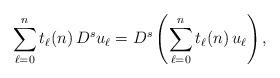
LaTeX: \begin{align*}\sum_{\ell=0}^n t_\ell(n)\,D^s u_\ell=D^s\left(\sum_{\ell=0}^n t_\ell(n)\,u_\ell\right),\end{align*}